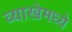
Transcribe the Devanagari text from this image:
व्याखेमध्ये